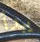
يبدأ